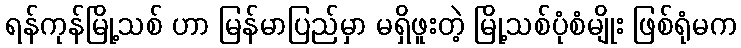
ရန်ကုန်မြို့သစ် ဟာ မြန်မာပြည်မှာ မရှိဖူးတဲ့ မြို့သစ်ပုံစံမျိုး ဖြစ်ရုံမက